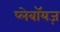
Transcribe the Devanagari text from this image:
प्लेबॉयज़